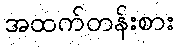
အထက်တန်းစား